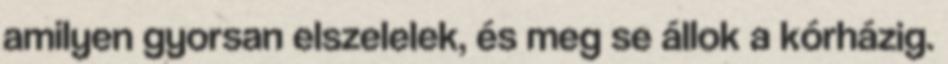
amilyen gyorsan elszelelek, és meg se állok a kórházig.